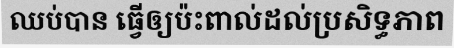
ឈប់បាន ធ្វើឲ្យប៉ះពាល់ដល់ប្រសិទ្ធភាព